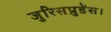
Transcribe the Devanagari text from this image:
जुरिसप्रुडेंस।